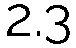
2.3